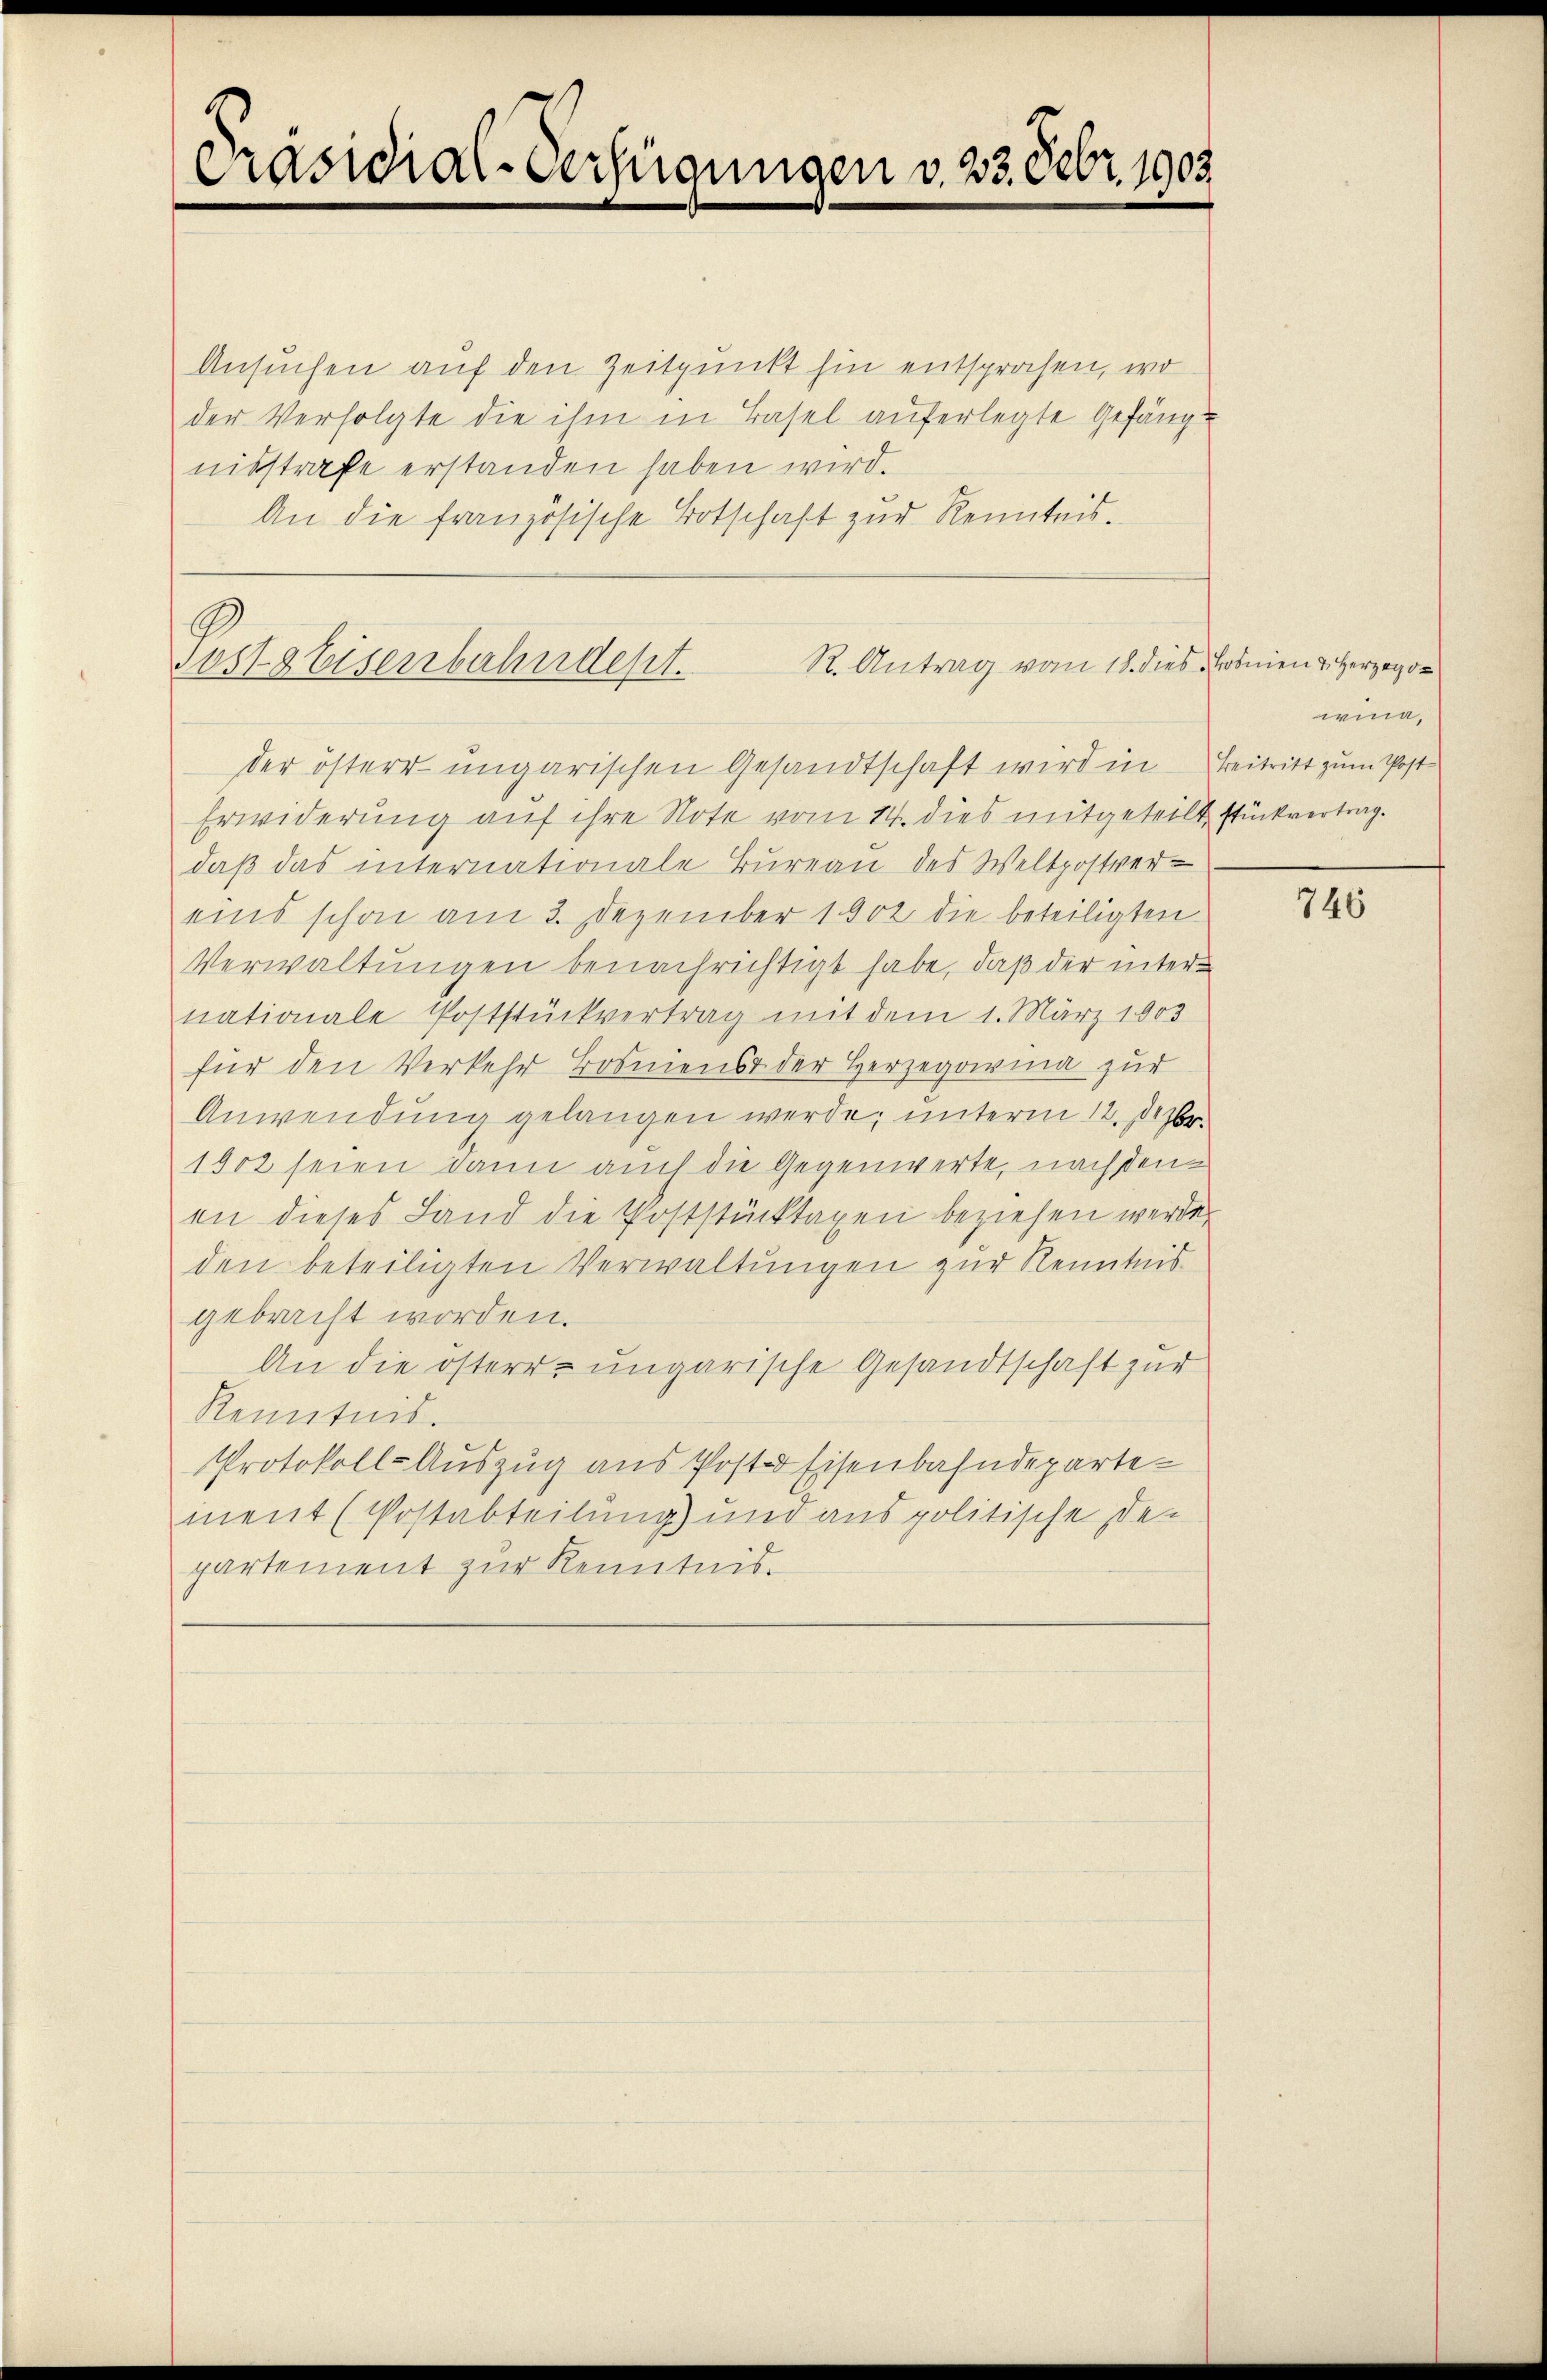
Präsidial-Verfügungen v. 23. Febr. 1903

Ansuchen auf den Zeitpunkt hin entsprochen, wo
der Verfolgte die ihm in Basel auferlegte Gefäng
nisstrafe erstanden haben wird.
An die französische Botschaft zur Renntnis.

R. Antrag vom 18. dies Bosnien & Herzego¬
Posts Eisenbahndept.

der österr ungarischen Gesandtschaft wird in Beitritt zum Post¬
Erwiderung auf ihre Note vom 14. dies mitgeteilt stückvertragdaß das internationale Bureau des Weltpostver-
eins schon am 2. Dezember 1902 die beteiligten
Verwaltungen benachrichtigt habe, daß der internationale Poststückvertrag mit dem 1. März 1903
für den Verkehr Bosniens der Herzegorina zur
Anwendung gelangen werde; unterm 12. Dezbr.
1902 seien dann auch die Gegenwerte, nachden
en dieses Land die Poststücktaxen beziehen werde.
den beteiligten Verwaltungen zur Kenntnis
gebracht worden.
An die österr. ungarische Gesandtschaft zur
Kenntnis.
Protokoll-Auszug aus Poster Eisenbahndepartement (Postabteilung) und aus politische Departement zŭr Kenntnis.

wina,

746